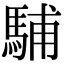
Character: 䮒